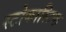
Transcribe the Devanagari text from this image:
स्टोकास्टिक